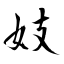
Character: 妓